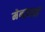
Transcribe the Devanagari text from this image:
मेनज़ावी